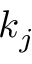
k _ { j }